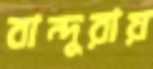
বান্দুরায়